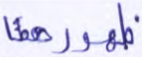
ظهورهما